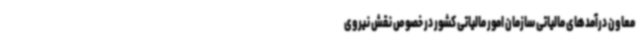
معاون درآمدهای مالیاتی سازمان امور مالیاتی کشور در خصوص نقش نیروی